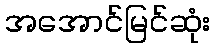
အအောင်မြင်ဆုံး